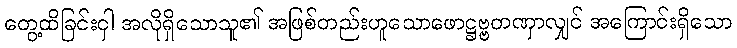
တွေ့ထိခြင်းငှါ အလိုရှိသောသူ၏ အဖြစ်တည်းဟူသောဖောဋ္ဌဗ္ဗတဏှာလျှင် အကြောင်းရှိသော